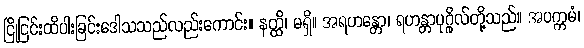
ငြိုငြင်းထိပါးခြင်းဒေါသသည်လည်းကောင်း။ နတ္ထိ၊ မရှိ။ အရဟန္တော၊ ရဟန္တာပုဂ္ဂိုလ်တို့သည်။ အပက္ကမံ၊